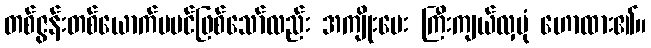
တစ်ဇွန်းတစ်ယောက်မပင်ဖြစ်သော်လည်း အကျိုးပေး ကြီးကျယ်လှပုံ ဟောထား၏။